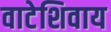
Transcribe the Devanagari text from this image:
वाटेशिवाय